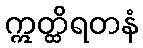
ဣတ္ထိရတနံ